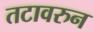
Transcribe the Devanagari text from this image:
तटावरुन